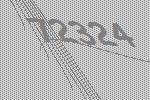
72324